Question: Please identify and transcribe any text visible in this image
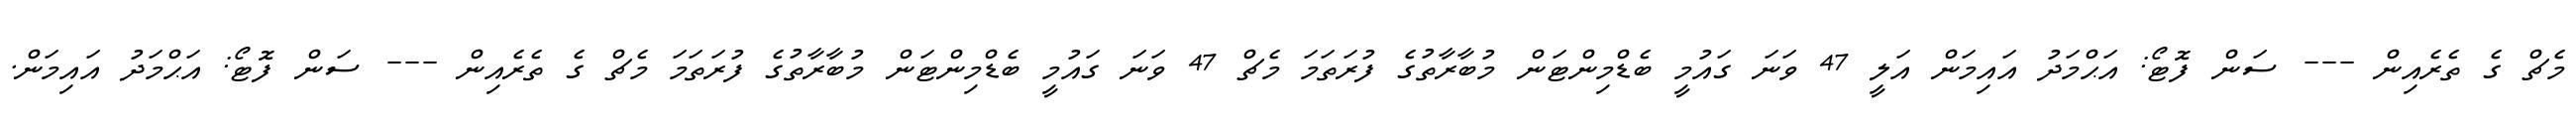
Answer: މެޗް ގެ ތެރެއިން --- ސަން ފޮޓޯ: އަޙްމަދު އައިމަން އަލީ 47 ވަނަ ގައުމީ ބެޑްމިންޓަން މުބާރާތުގެ ފުރަތަމަ މެޗް 47 ވަނަ ގައުމީ ބެޑްމިންޓަން މުބާރާތުގެ ފުރަތަމަ މެޗް ގެ ތެރެއިން --- ސަން ފޮޓޯ: އަޙްމަދު އައިމަން.